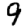
Digit: 9